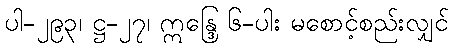
ပါ-၂၉၃၊ ဋ္ဌ-၂၇၊ ဣန္ဒြေ ၆-ပါး မစောင့်စည်းလျှင်